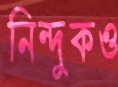
নিন্দুকও